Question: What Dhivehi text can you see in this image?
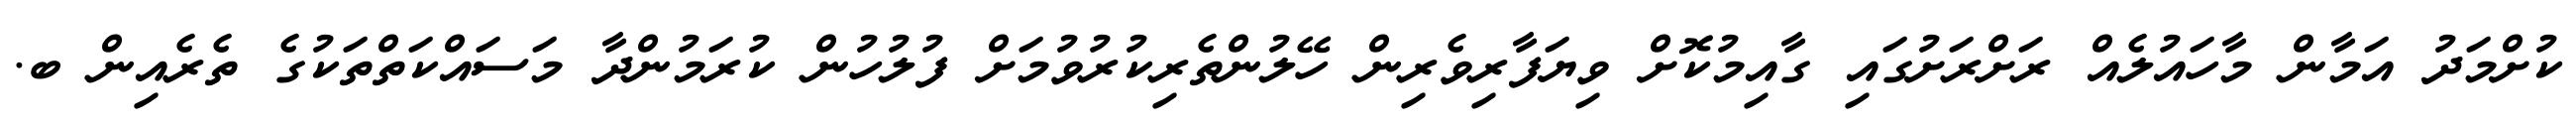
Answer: ކުށްމަދު އަމާން މާހައުލެއް ރަށްރަށުގައި ގާއިމުކޮށް ވިޔަފާރިވެރިން ހޭލުންތެރިކުރުވުމަށް ފުލުހުން ކުރަމުންދާ މަސައްކަތްތަކުގެ ތެރެއިން ބ.